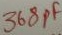
Text: 368pf